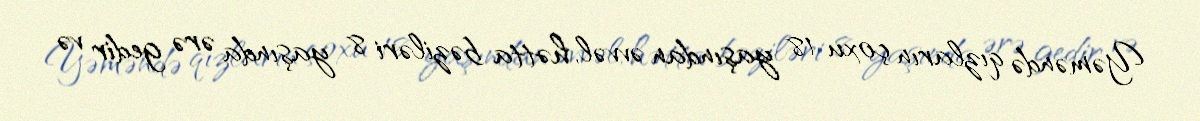
Yəməndə qızların çoxu 18 yaşından əvvəl, hətta bəziləri 8 yaşında ərə gedir və